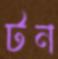
টন